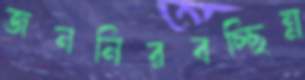
জননিরবচ্ছিন্ন